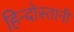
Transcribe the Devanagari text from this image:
हिन्दोस्तानी